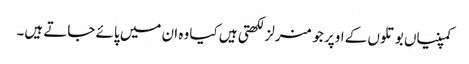
کمپنیاں بوتلوں کے اوپر جو منرلز لکھتی ہیں کیا وہ ان میں پائے جاتے ہیں۔